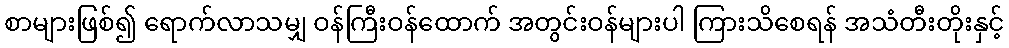
စာများဖြစ်၍ ရောက်လာသမျှ ဝန်ကြီးဝန်ထောက် အတွင်းဝန်များပါ ကြားသိစေရန် အသံတီးတိုးနှင့်